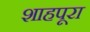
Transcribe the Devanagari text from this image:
शाहपूरा